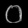
Digit: ၀